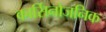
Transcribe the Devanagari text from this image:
कार्सिनोजनिक